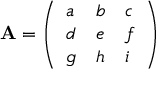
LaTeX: \mathbf { A } = { \left( \begin{array} { l l l } { a } & { b } & { c } \\ { d } & { e } & { f } \\ { g } & { h } & { i } \end{array} \right) }